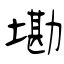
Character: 墈